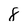
Character: 8